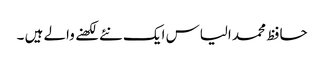
حافظ محمد الیاس ایک نئے لکھنے والے ہیں ۔